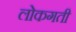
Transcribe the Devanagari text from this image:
लोकगती